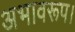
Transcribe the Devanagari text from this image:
अभावरूप।